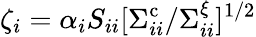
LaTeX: \zeta_{i}=\alpha_{i}S_{ii}[\Sigma_{ii}^{\mathrm{c}}/\Sigma_{ii}^{\xi}]^{1/2}